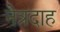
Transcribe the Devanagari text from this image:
नेत्रदाह